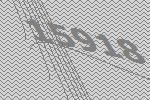
15918